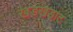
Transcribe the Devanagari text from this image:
खडखडाट